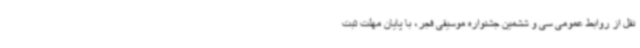
نقل از روابط عمومی سی و ششمین جشنواره موسیقی فجر، با پایان مهلت ثبت